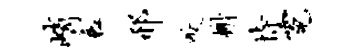
峭衰邢咬榭恃霓